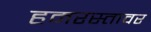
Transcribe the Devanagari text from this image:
हमरस्तावर